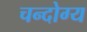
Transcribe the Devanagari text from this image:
चन्दोग्य